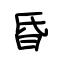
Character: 昏